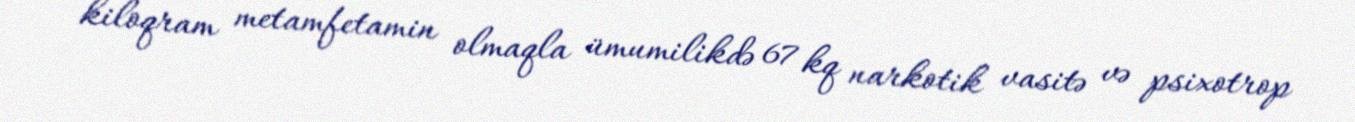
kiloqram metamfetamin olmaqla ümumilikdə 67 kq narkotik vasitə və psixotrop